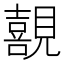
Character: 𭌊